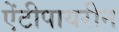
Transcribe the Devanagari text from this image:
ऐंटीपायरीन